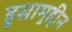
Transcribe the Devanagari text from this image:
हूसामुद्दीन